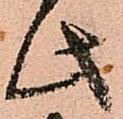
此